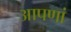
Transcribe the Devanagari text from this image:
आपणां